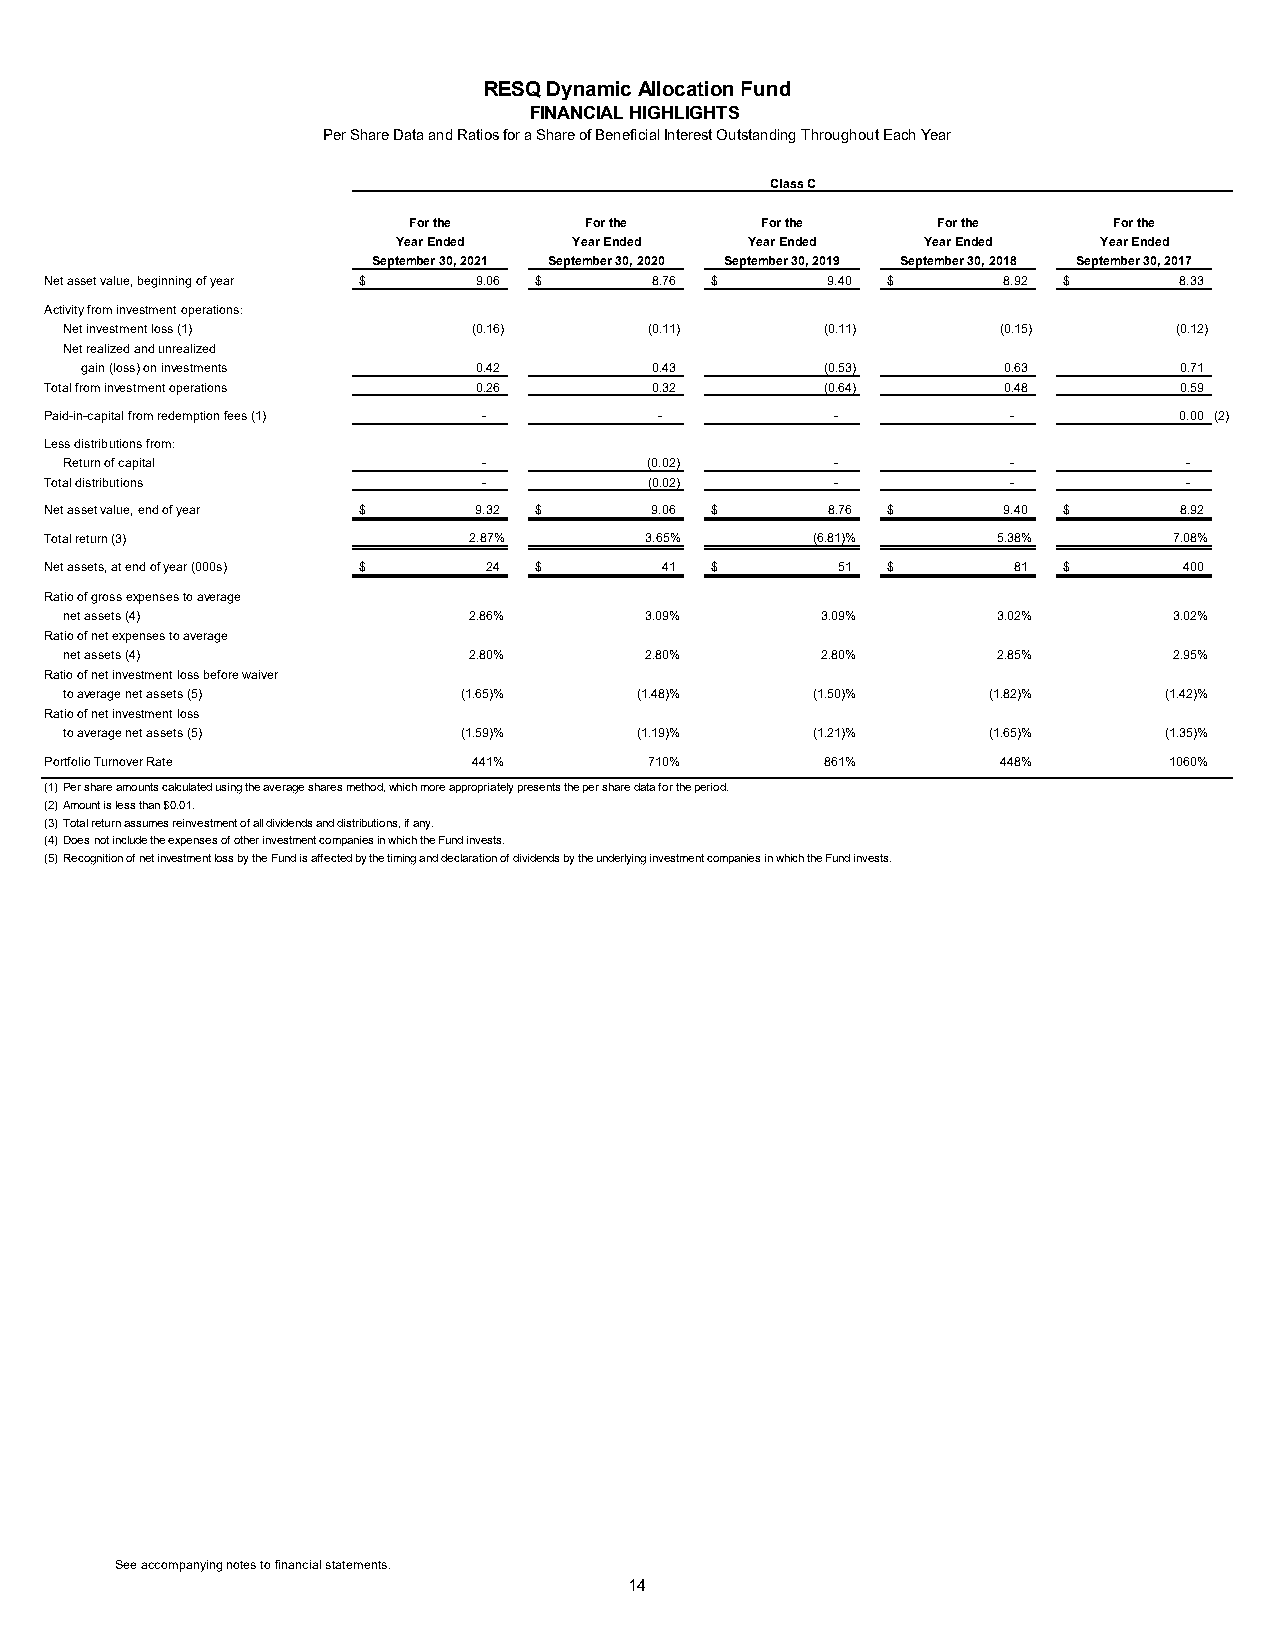
RESQ Dynamic Allocation Fund
 FINANCIAL HIGHLIGHTS
 Per Share Data and Ratios for a Share of Beneficial Interest Outstanding Throughout Each Year
 Class C
 For the     For the    For the     For the     For the
 Year Ended  Year Ended  Year Ended Year Ended  Year Ended
 September 30, 2021 September 30, 2020 September 30, 2019 September 30, 2018 September 30, 2017
 Net asset value, beginning of year $ 9.06 $ 8.76 $  9.40 $     8.92 $      8.33
 Activity from investment operations:
 Net investment loss (1)    (0.16)      (0.11)      (0.11)     (0.15)      (0.12)
 Net realized and unrealized
 gain (loss) on investments 0.42       0 .43       (0.53)     0 .63       0 .71
 Total from investment operations 0.26   0.32        (0.64)     0.48        0.59
 Paid-in-capital from redemption fees (1) - -        -           -          0 .00 (2)
 Less distributions from:
 Return of capital           -          (0.02)      -           -           -
 Total distributions          -          ( 0.02)     -           -           -
 Net asset value, end of year $ 9.32 $   9.06 $      8.76 $     9.40 $      8.92
 Total return (3)            2.87%       3.65%      (6.81)%     5.38%       7.08%
 Net assets, at end of year (000s) $ 24 $ 41 $       51  $       81 $       400
 Ratio of gross expenses to average
 net assets (4)             2.86%       3.09%      3.09%       3.02%       3.02%
 Ratio of net expenses to average
 net assets (4)             2.80%       2.80%      2.80%       2.85%       2.95%
 Ratio of net investment loss before waiver
 to average net assets (5) (1.65)%     (1.48)%     (1.50)%    (1.82)%     (1.42)%
 Ratio of net investment loss
 to average net assets (5) (1.59)%     (1.19)%     (1.21)%    (1.65)%     (1.35)%
 Portfolio Turnover Rate     441%        710%        861%       448%       1060%
 (1)Per share amounts calculated using the average shares method, which more appropriately presents the per share data for the period.
 (2)Amount is less than $0.01.
 (3)Total return assumes reinvestment of all dividends and distributions, if any.
 (4)Does not include the expenses of other investment companies in which the Fund invests.
 (5)Recognition of net investment loss by the Fund is affected by the timing and declaration of dividends by the underlying investment companies in which the Fund invests.
 See accompanying notes to financial statements.
 14